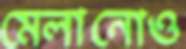
মেলানোও